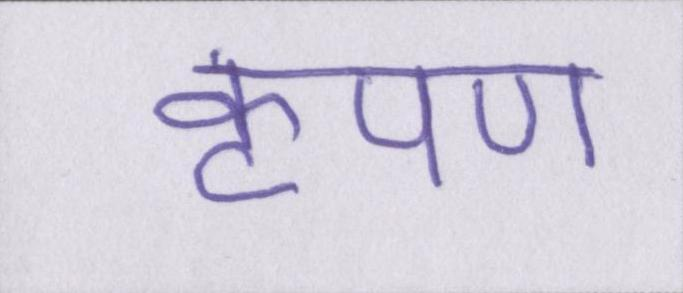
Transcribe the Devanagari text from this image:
कृपण